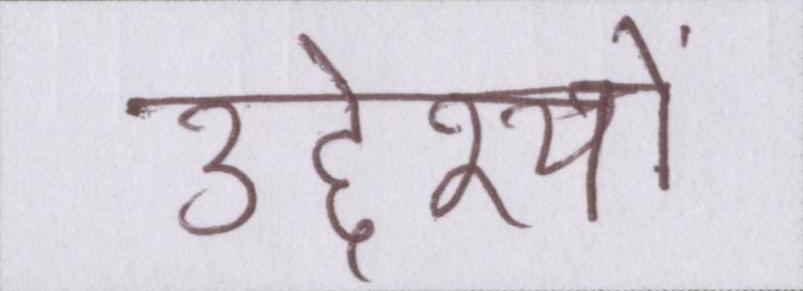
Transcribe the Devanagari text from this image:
उद्देश्यों